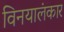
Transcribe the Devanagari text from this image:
विनयालंकार